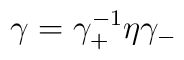
\gamma = \gamma^{-1}_+ \eta \gamma_-